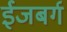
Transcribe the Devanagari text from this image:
ईजबर्ग